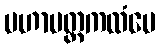
မဟာမတ္တကထံပေ